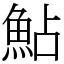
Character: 鮎